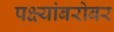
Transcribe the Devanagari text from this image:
पक्ष्यांबरोबर